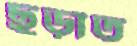
ছড়াত